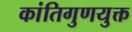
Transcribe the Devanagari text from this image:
कांतिगुणयुक्त